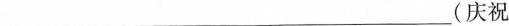
___(庆祝